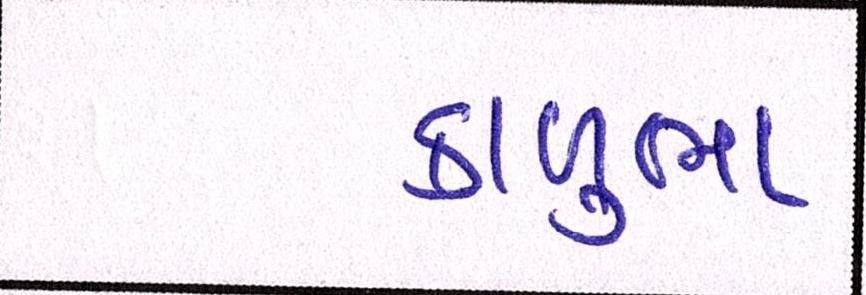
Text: કાળુભા